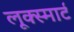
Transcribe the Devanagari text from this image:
लूक्स्मार्ट